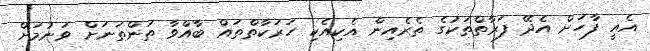
އެއީ ފާހަށް އެދޭ ފަރާތްތަކުގެ ތެރެއިން އެކިއެކި ހަރަކާތްތައް ބާއްވާ ތަންތަނަށް ވަނުމަށް